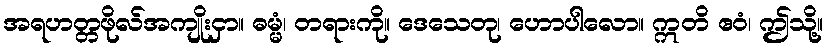
အရဟတ္တဖိုလ်အကျိုးငှာ။ ဓမ္မံ၊ တရားကို။ ဒေသေတု၊ ဟောပါလော။ ဣတိ ဧဝံ၊ ဤသို့။